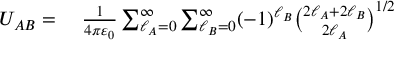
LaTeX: \begin{array} { r l } { U _ { A B } = { } } & { { } { \frac { 1 } { 4 \pi \varepsilon _ { 0 } } } \sum _ { \ell _ { A } = 0 } ^ { \infty } \sum _ { \ell _ { B } = 0 } ^ { \infty } ( - 1 ) ^ { \ell _ { B } } { \binom { 2 \ell _ { A } + 2 \ell _ { B } } { 2 \ell _ { A } } } ^ { 1 / 2 } } \end{array}